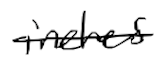
Text: inches
Cross-out: single-line
Writing tool: digital_black